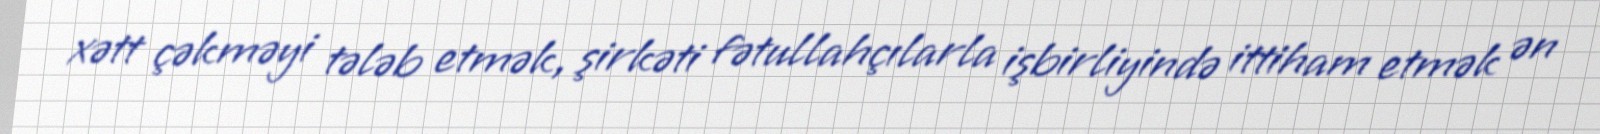
xətt çəkməyi tələb etmək, şirkəti fətullahçılarla işbirliyində ittiham etmək ən